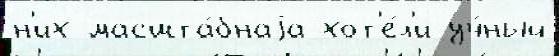
н'их масшта́бнаjа хот'е́л'и уч́ный